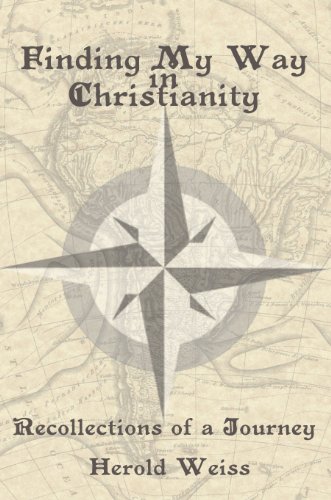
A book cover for Finding My Way in Christianity; Herold Weiss; Christian Books & Bibles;